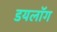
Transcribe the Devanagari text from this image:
डयलॉग